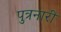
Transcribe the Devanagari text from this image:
पुत्रनारी